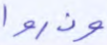
وذروا